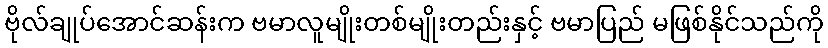
ဗိုလ်ချုပ်အောင်ဆန်းက ဗမာလူမျိုးတစ်မျိုးတည်းနှင့် ဗမာပြည် မဖြစ်နိုင်သည်ကို